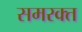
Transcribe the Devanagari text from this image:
समरक्त